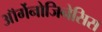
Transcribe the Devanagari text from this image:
ऑर्गेनोजिनेसिस